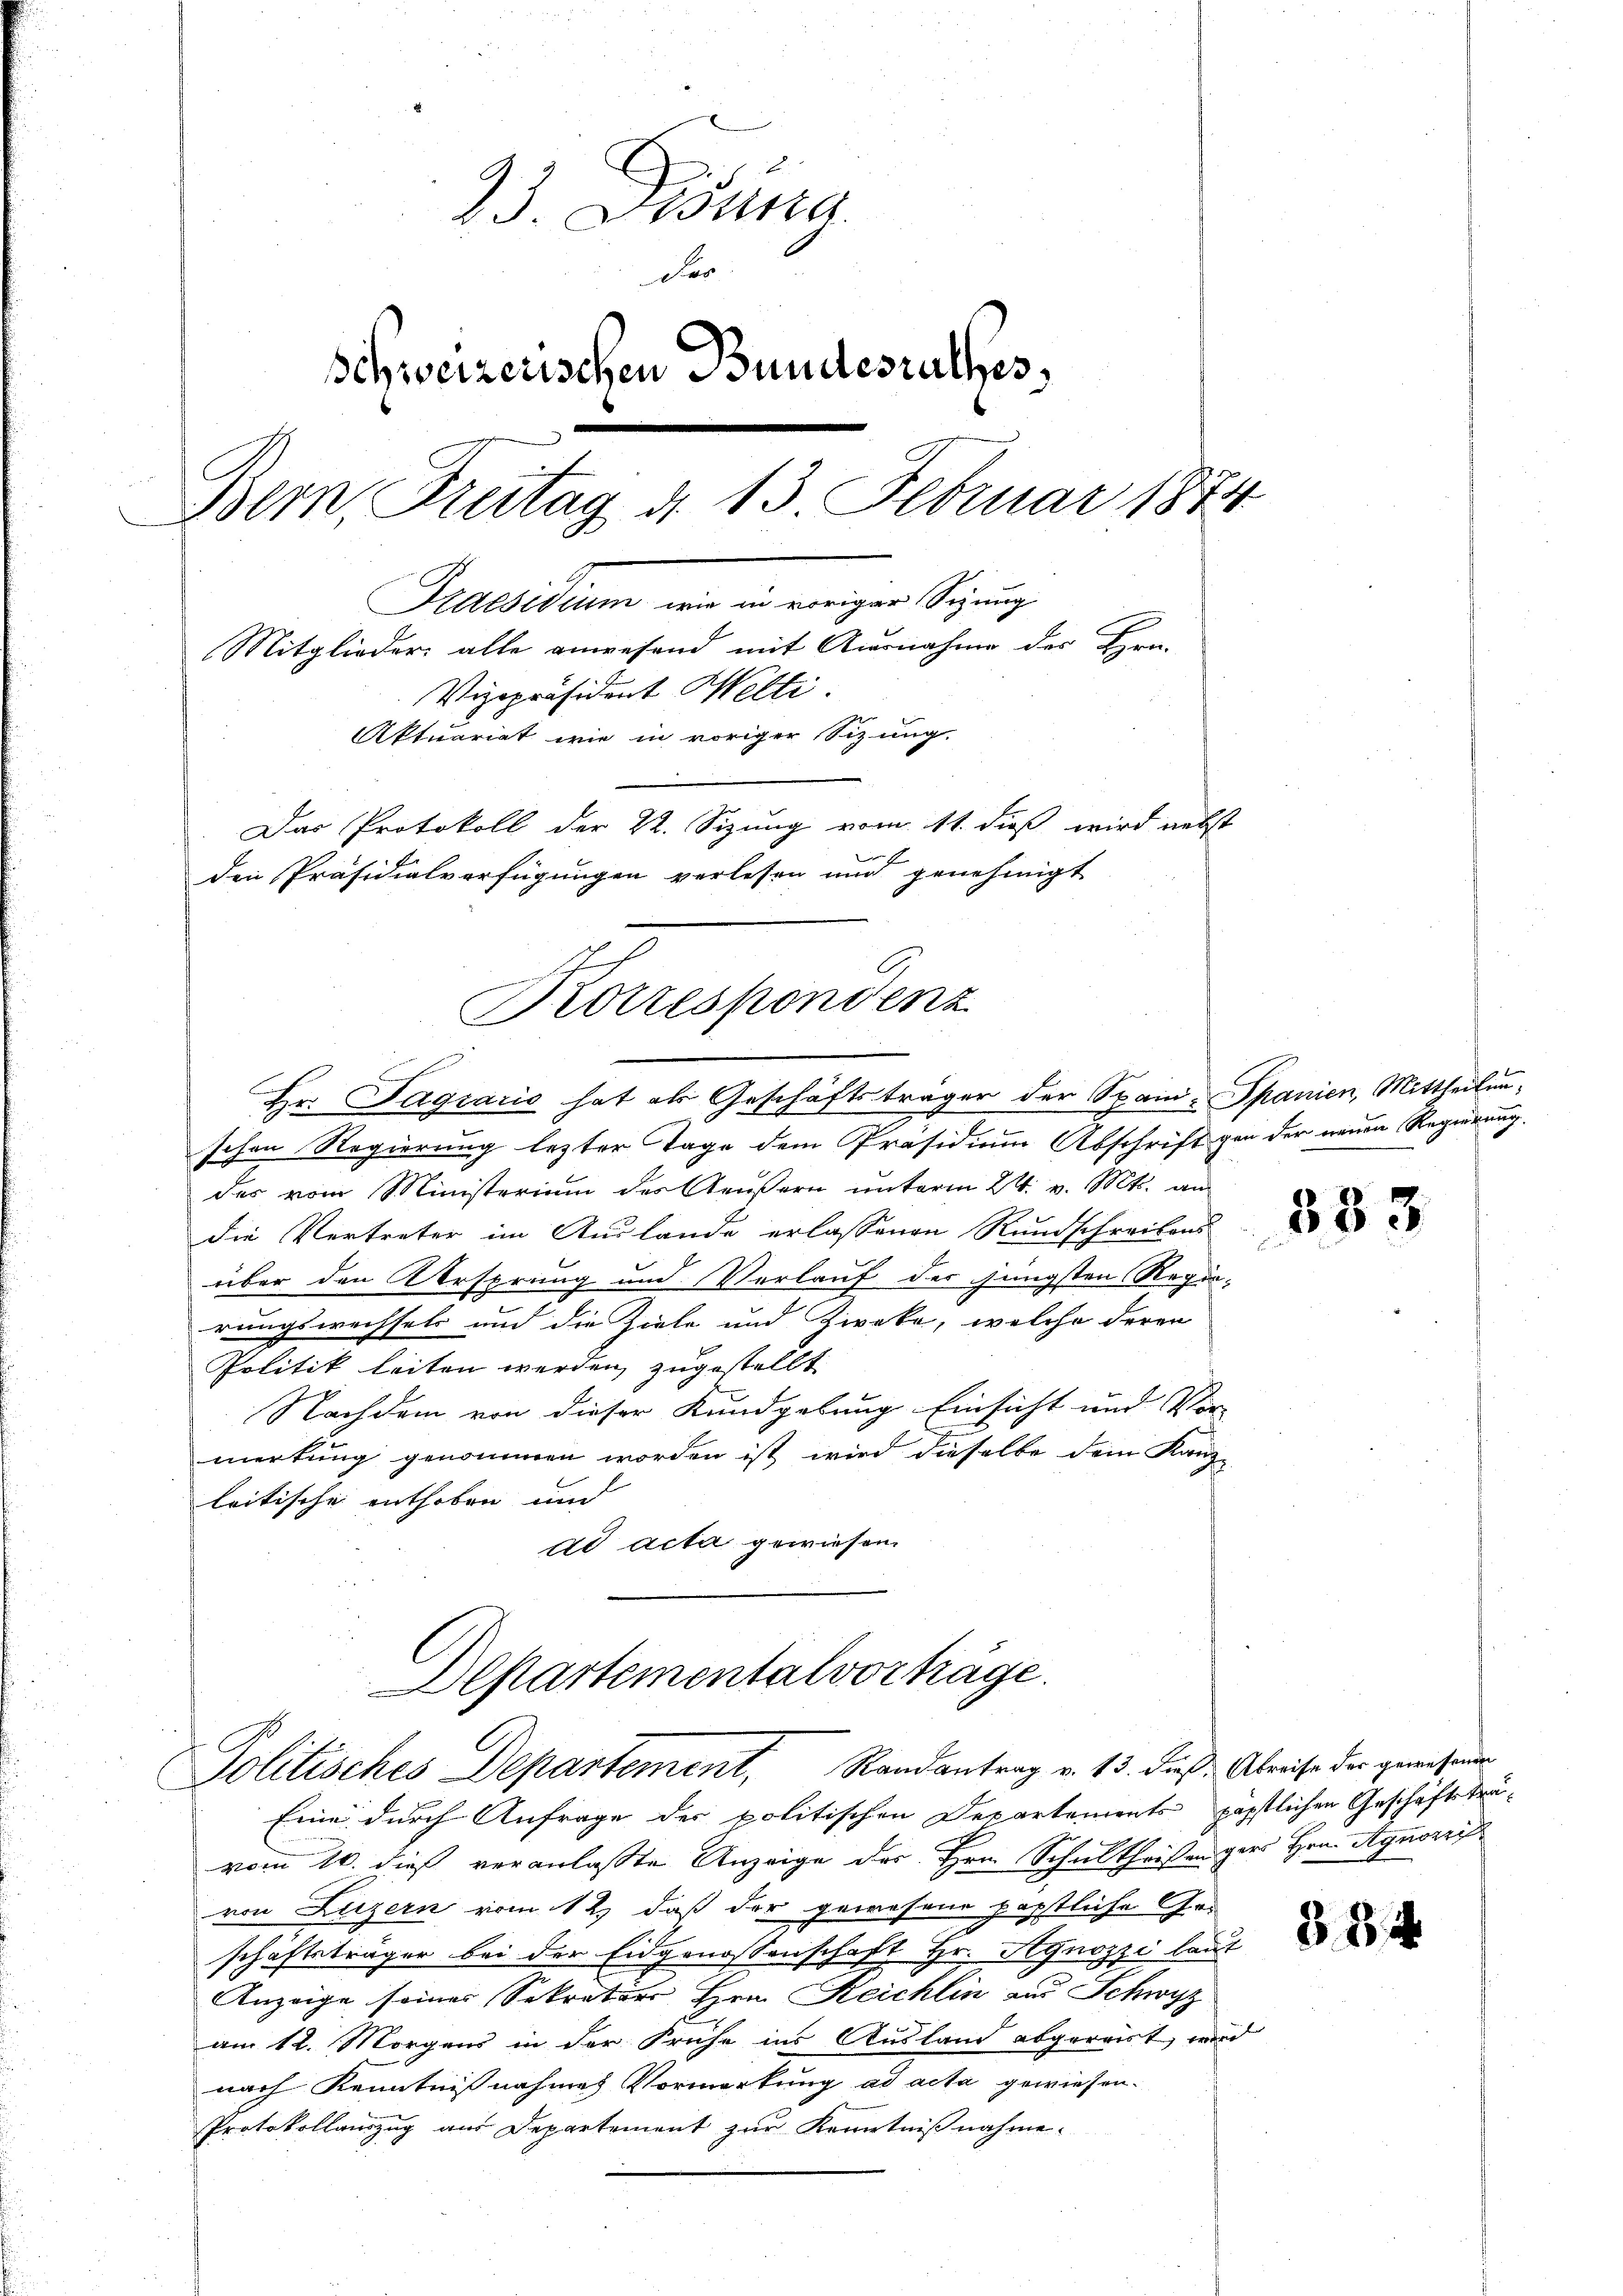
23 Decana
Der
Schweizerischen Bundesrathes,
Bem, Freitag d. 13. Februar 1874
Kaesidium wie in voriger Sizung
Mitglieder alle anwesend mit Ausnahme des Hrn.
Vizepräsident Welti.
Aktuariat wie in voriger Sizung.
Das Protokoll der 22. Sizung vom 11. dieß wird nebst
1
den Präsidialverfügungen verlesen und genehmigt

Brottespondenz

Hr. Pagiarić hat als Geschäftsträger der Spani- Spanien, Mittheilune
schon Regierung letzter Tage dem Präsidium Abschrift von der neuen Regierung.
des vom Ministerium der Aeußern ŭnterm 24. v. Mts. an
die Vertreter im Auslande erlassenen Rundschreibens
über den ersprung und Verlauf der jüngsten Regierungswechsels und die Ziele und Zweke, welche deren
Politik leiten werden, zugestellt
Nachdem von dieser Kundgebung Einsicht und Vor-
merkung genommen worden ist wird dieselbe dem Kanz-
leitische enthoben und
dd acta gewiesen.

Departementalvorträge.
Politisches Departement, Randantrag v. 13. dieß: Abweise der gewesenen

Eine durch Anfrage der politischen Departements päpstlichen Geschäftsträvom 16. dieß veranlaßte Anzeige des Hrn. Schultheißengers Hrn. Agnori
von Luzern vom 12. daß der gewesene päpstliche Geschäftsträger bei der Eidgenossenschaft Hr. Agnozzi laut
Anzeige seines Sekretär Hrn. Reichlin aus Schwyz
am 12. Morgens in der Frühe ins Ausland abgereist, wird
nach Kenntnißnahmes Vormerkung ad acta gewiesen.
Protokollauszug aus Departement zur Kenntnißnahme.

333

384